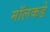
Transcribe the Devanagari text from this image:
मॉलकडे